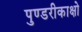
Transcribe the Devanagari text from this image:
पुण्डरीकाक्षो